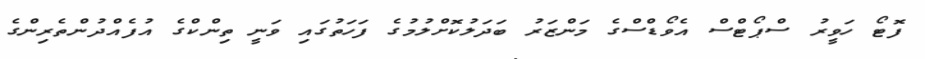
ފޮޓޯ ހަވީރު ސްޕޯޓްސް އެވޯޑްސްގެ މަންޒަރު ބަދަލުކޮށްލުމުގެ ފަހަތުގައި ވަނީ ތިންކްގެ އުފެއްދުންތެރިންގެ